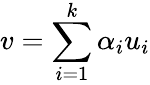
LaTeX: v=\sum_{i=1}^{k}\alpha_{i}u_{i}